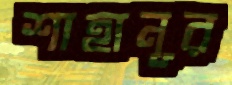
শাহানূর